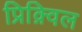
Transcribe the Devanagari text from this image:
प्रिक़्विल